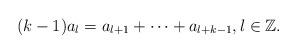
LaTeX: \begin{align*} (k-1)a_l=a_{l+1}+\cdots+a_{l+k-1},l\in \mathbb{Z}.\end{align*}